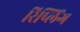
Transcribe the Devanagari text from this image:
रिप्लिंग